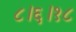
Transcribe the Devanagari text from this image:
८।६।१८